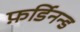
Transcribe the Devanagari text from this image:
फ़र्डिनन्ड